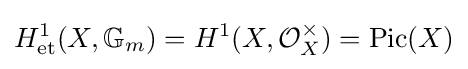
H_{\text{et}}^{1}(X,\mathbb {G} _{m})=H^{1}(X,{\mathcal {O}}_{X}^{\times })=\operatorname {Pic} (X)